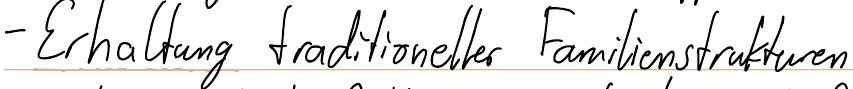
- Erhaltung traditioneller Familienstrukturen